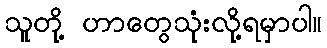
သူတို့ ဟာတွေသုံးလို့ရမှာပါ။